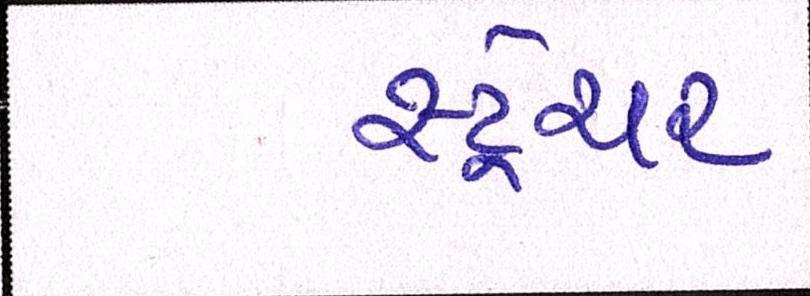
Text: સ્ટ્રેચર